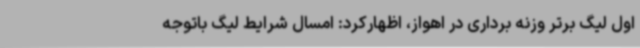
اول لیگ برتر وزنه برداری در اهواز، اظهارکرد: امسال شرایط لیگ باتوجه